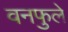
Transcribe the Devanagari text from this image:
वनफुले